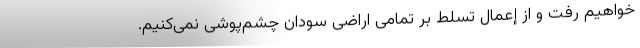
خواهیم رفت و از إعمال تسلط بر تمامی اراضی سودان چشم‌پوشی نمی‌کنیم.